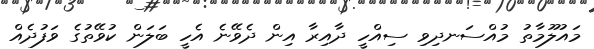
މައުލޫމާތު މުއްސަނދިވި ސިއްހީ ދާއިރާ އިން ދެވޭނެ އެހީ ބަލަން ކުވޭތުގެ ވަފުދެއް